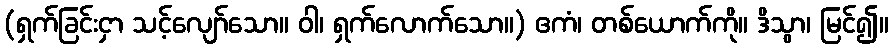
(ရှက်ခြင်းငှာ သင့်လျော်သော။ ဝါ၊ ရှက်လောက်သော။) ဧကံ၊ တစ်ယောက်ကို။ ဒိသွာ၊ မြင်၍။